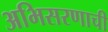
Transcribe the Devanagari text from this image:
अभिसरणाची